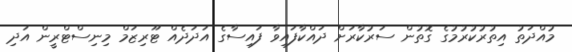
މުއްދަތު އިތުރުކުރުމުގެ ގޮތުން ސަރުކާރަށް ދައްކާފައިވާ ފައިސާގެ އަދަދެއް ޓޫރިޒަމް މިނިސްޓްރީން އަދި